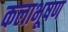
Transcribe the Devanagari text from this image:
कलाभूषण